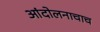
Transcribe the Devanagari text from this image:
आंदोलनाचाच